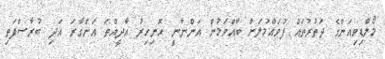
މޯލްޑިވިއަންގެ ދަތުރުތައް ފުވައްމުލަށް ބާއްވަމުން އަންނާނީ ހޮނިހިރު އާދީއްތަ އަންގާރަ އަދި ބުރާސްފަތި